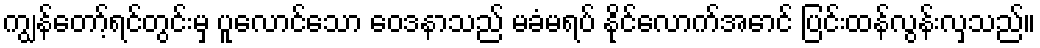
ကျွန်တော့်ရင်တွင်းမှ ပူလောင်သော ဝေဒနာသည် မခံမရပ် နိုင်လောက်အောင် ပြင်းထန်လွန်းလှသည်။